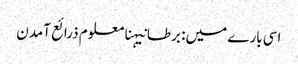
اسی بارے میں: برطانیہنامعلوم ذرائع آمدن